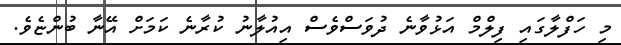
މި ހަފްލާގައި ފިލްމް އަޅުވާނެ ދުވަސްވެސް އިއުލާނު ކުރާނެ ކަމަށް އޭނާ ބުންޏެވެ.